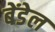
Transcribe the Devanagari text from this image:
बेंडेल